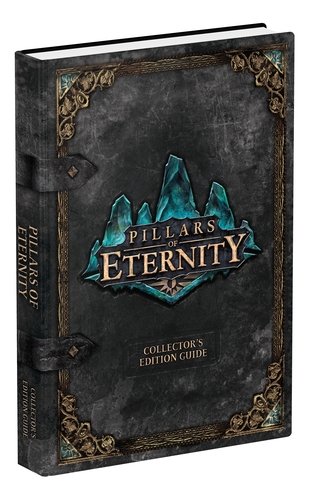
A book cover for Pillars of Eternity Collector's Edition Strategy Guide (Prima Official Game Guides); Howard Grossman; Humor & Entertainment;